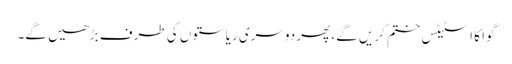
گوا کا اسٹیٹس ختم کریں گے، پھر دوسری ریاستوں کی طرف بڑھیں گے۔